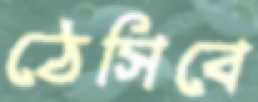
ঠেসিবে